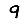
Digit: 9